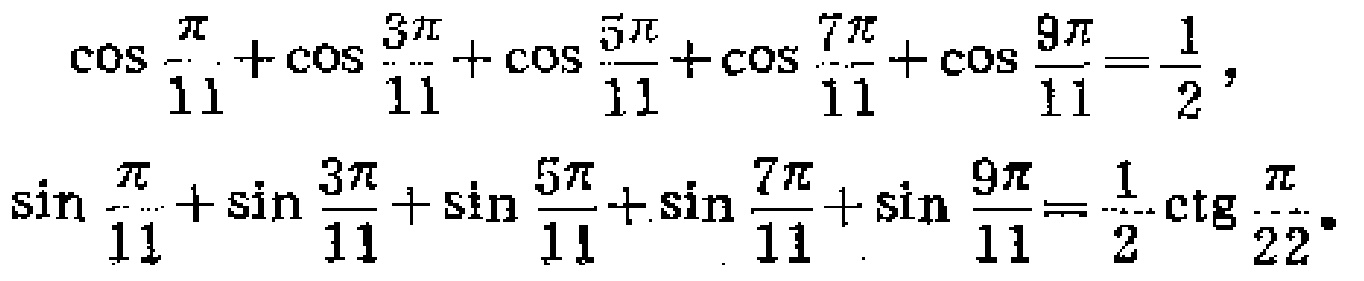
\(\cos \frac{\pi}{11}+\cos \frac{3\pi}{11}+\cos \frac{5\pi}{11}+\cos \frac{7\pi}{11}+\cos \frac{9\pi}{11}=\frac{1}{2}\)，
\(\sin \frac{\pi}{11}+\sin \frac{3\pi}{11}+\sin \frac{5\pi}{11}+\sin \frac{7\pi}{11}+\sin \frac{9\pi}{11}=\frac{1}{2}\cot \frac{\pi}{22}\)。